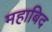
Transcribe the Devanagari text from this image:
महाबिद